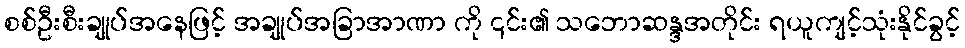
စစ်ဦးစီးချုပ်အနေဖြင့် အချုပ်အခြာအာဏာ ကို ၎င်း၏ သဘောဆန္ဒအတိုင်း ရယူကျင့်သုံးနိုင်ခွင့်